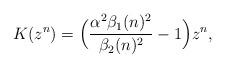
LaTeX: \begin{align*}K(z^n) & = \Big(\dfrac{\alpha^2\beta_1(n)^2}{\beta_2(n)^2}-1\Big)z^n,\end{align*}